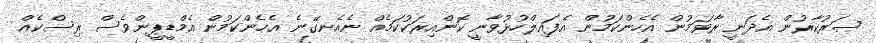
ސަރުކާރުން އެދަނީ ރާވަމުން އެހެންކަމުން އެފައިލްހުޅުވާނީ ކޮންއިރަކުކަމެއް ނެއެނގޭނެ އެހެންކަމުން އެމްޑީޕީންވެސް ރިސްކެއް